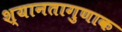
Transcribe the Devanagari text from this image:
श्यानतागुणाक